Sanitation, dispensaries and jails vaccination Rajputana 1922-1927 - 1922-1927
Year: 1922
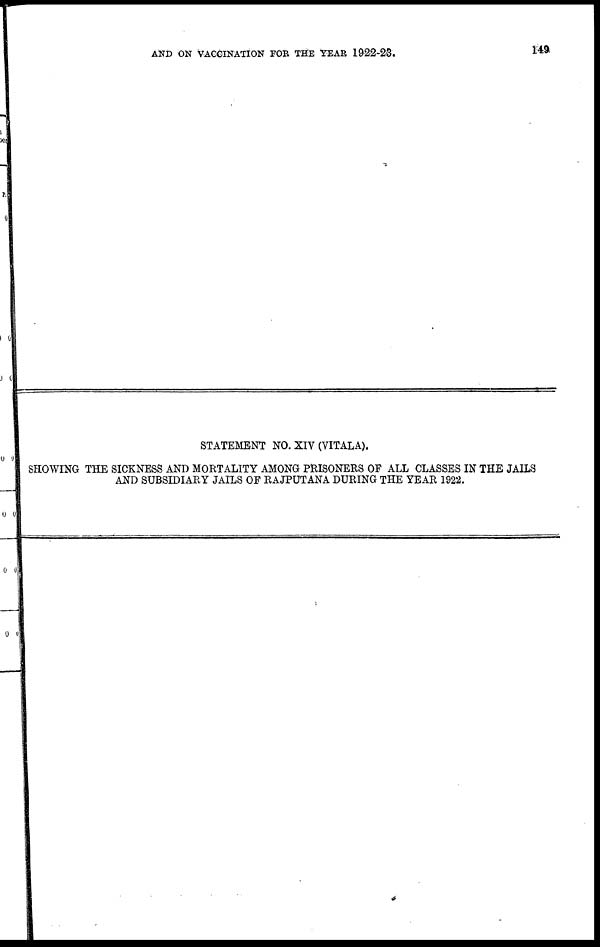
AND ON VACCINATION FOR THE YEAR 1922-23.
149
STATEMENT NO. XIV (VITALA).
SHOWING THE SICKNESS AND MORTALITY AMONG PRISONERS OF ALL CLASSES IN THE JAILS
AND SUBSIDIARY JAILS OF RAJPUTANA DURING THE YEAR 1922.